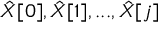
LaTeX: { \hat { X } } [ 0 ] , { \hat { X } } [ 1 ] , . . . , { \hat { X } } [ j ]